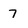
Character: 7